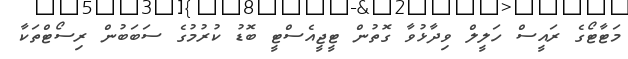
މަޓާޓޯގެ ރައީސް ހަލީލް ވިދާޅުވާ ގޮތުން ޓީޖީއެސްޓީ ބޮޑު ކުރުމުގެ ސަބަބުން ރިސޯޓްތަކާ